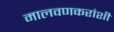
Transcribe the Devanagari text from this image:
मालवणकरांशी